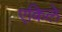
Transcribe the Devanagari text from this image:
एकिले